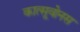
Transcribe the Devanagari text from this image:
कात्सूवोनस